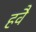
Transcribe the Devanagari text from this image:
हवै